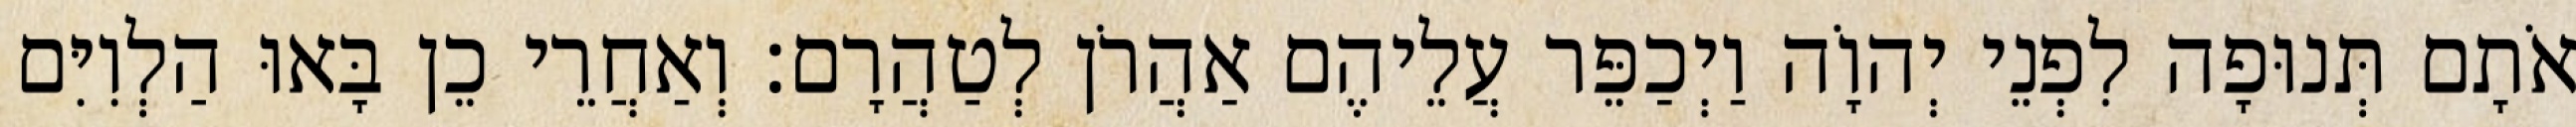
אֹתָם תְּנוּפָה לִפְנֵי יְהוָֹה וַיְכַפֵּר עֲלֵיהֶם אַהֲרֹן לְטַהֲרָם׃ וְאַחֲרֵי כֵן בָּאוּ הַלְוִיִּם